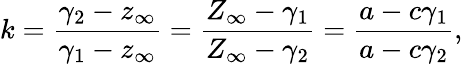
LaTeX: k={\frac{\gamma_{2}-z_{\infty}}{\gamma_{1}-z_{\infty}}}={\frac{Z_{\infty}-\gamma_{1}}{Z_{\infty}-\gamma_{2}}}={\frac{a-c\gamma_{1}}{a-c\gamma_{2}}},